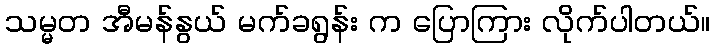
သမ္မတ အီမန်နွယ် မက်ခရွန်း က ပြောကြား လိုက်ပါတယ်။